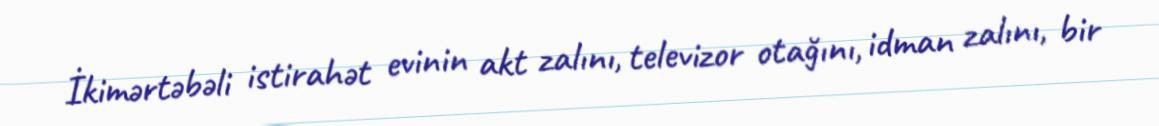
İkimərtəbəli istirahət evinin akt zalını, televizor otağını, idman zalını, bir